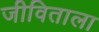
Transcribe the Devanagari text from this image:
जीविताला